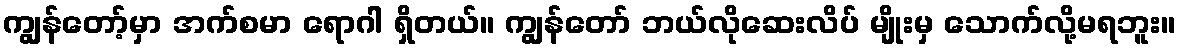
ကျွန်တော့်မှာ အက်စမာ ရောဂါ ရှိတယ်။ ကျွန်တော် ဘယ်လိုဆေးလိပ် မျိုးမှ သောက်လို့မရဘူး။